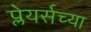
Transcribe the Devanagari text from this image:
प्लेयर्सच्या